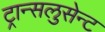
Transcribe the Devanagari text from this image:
ट्रान्सलुसेन्ट